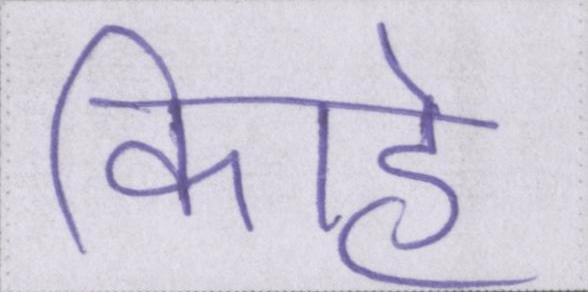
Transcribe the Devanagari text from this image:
काहे